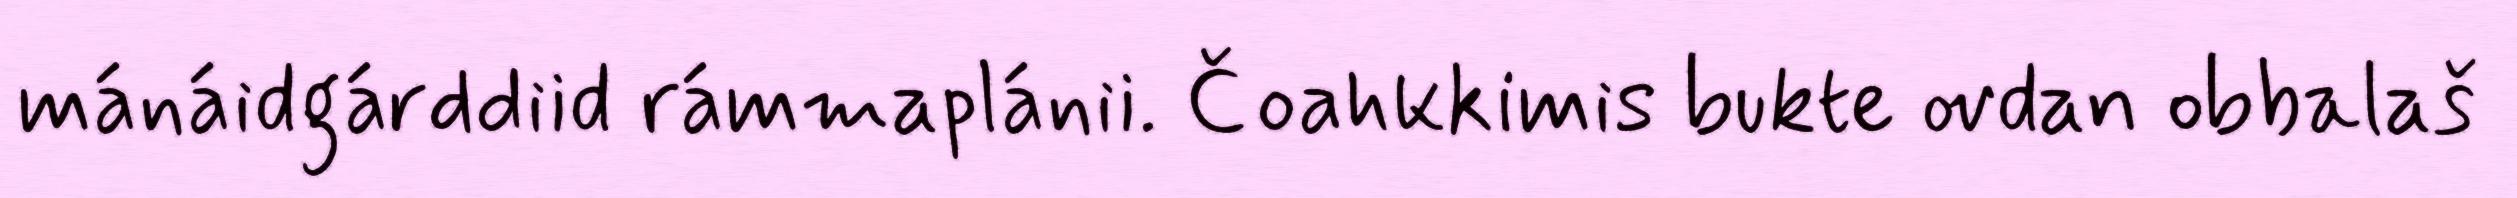
mánáidgárddiid rámmaplánii. Čoahkkimis bukte ovdan obbalaš